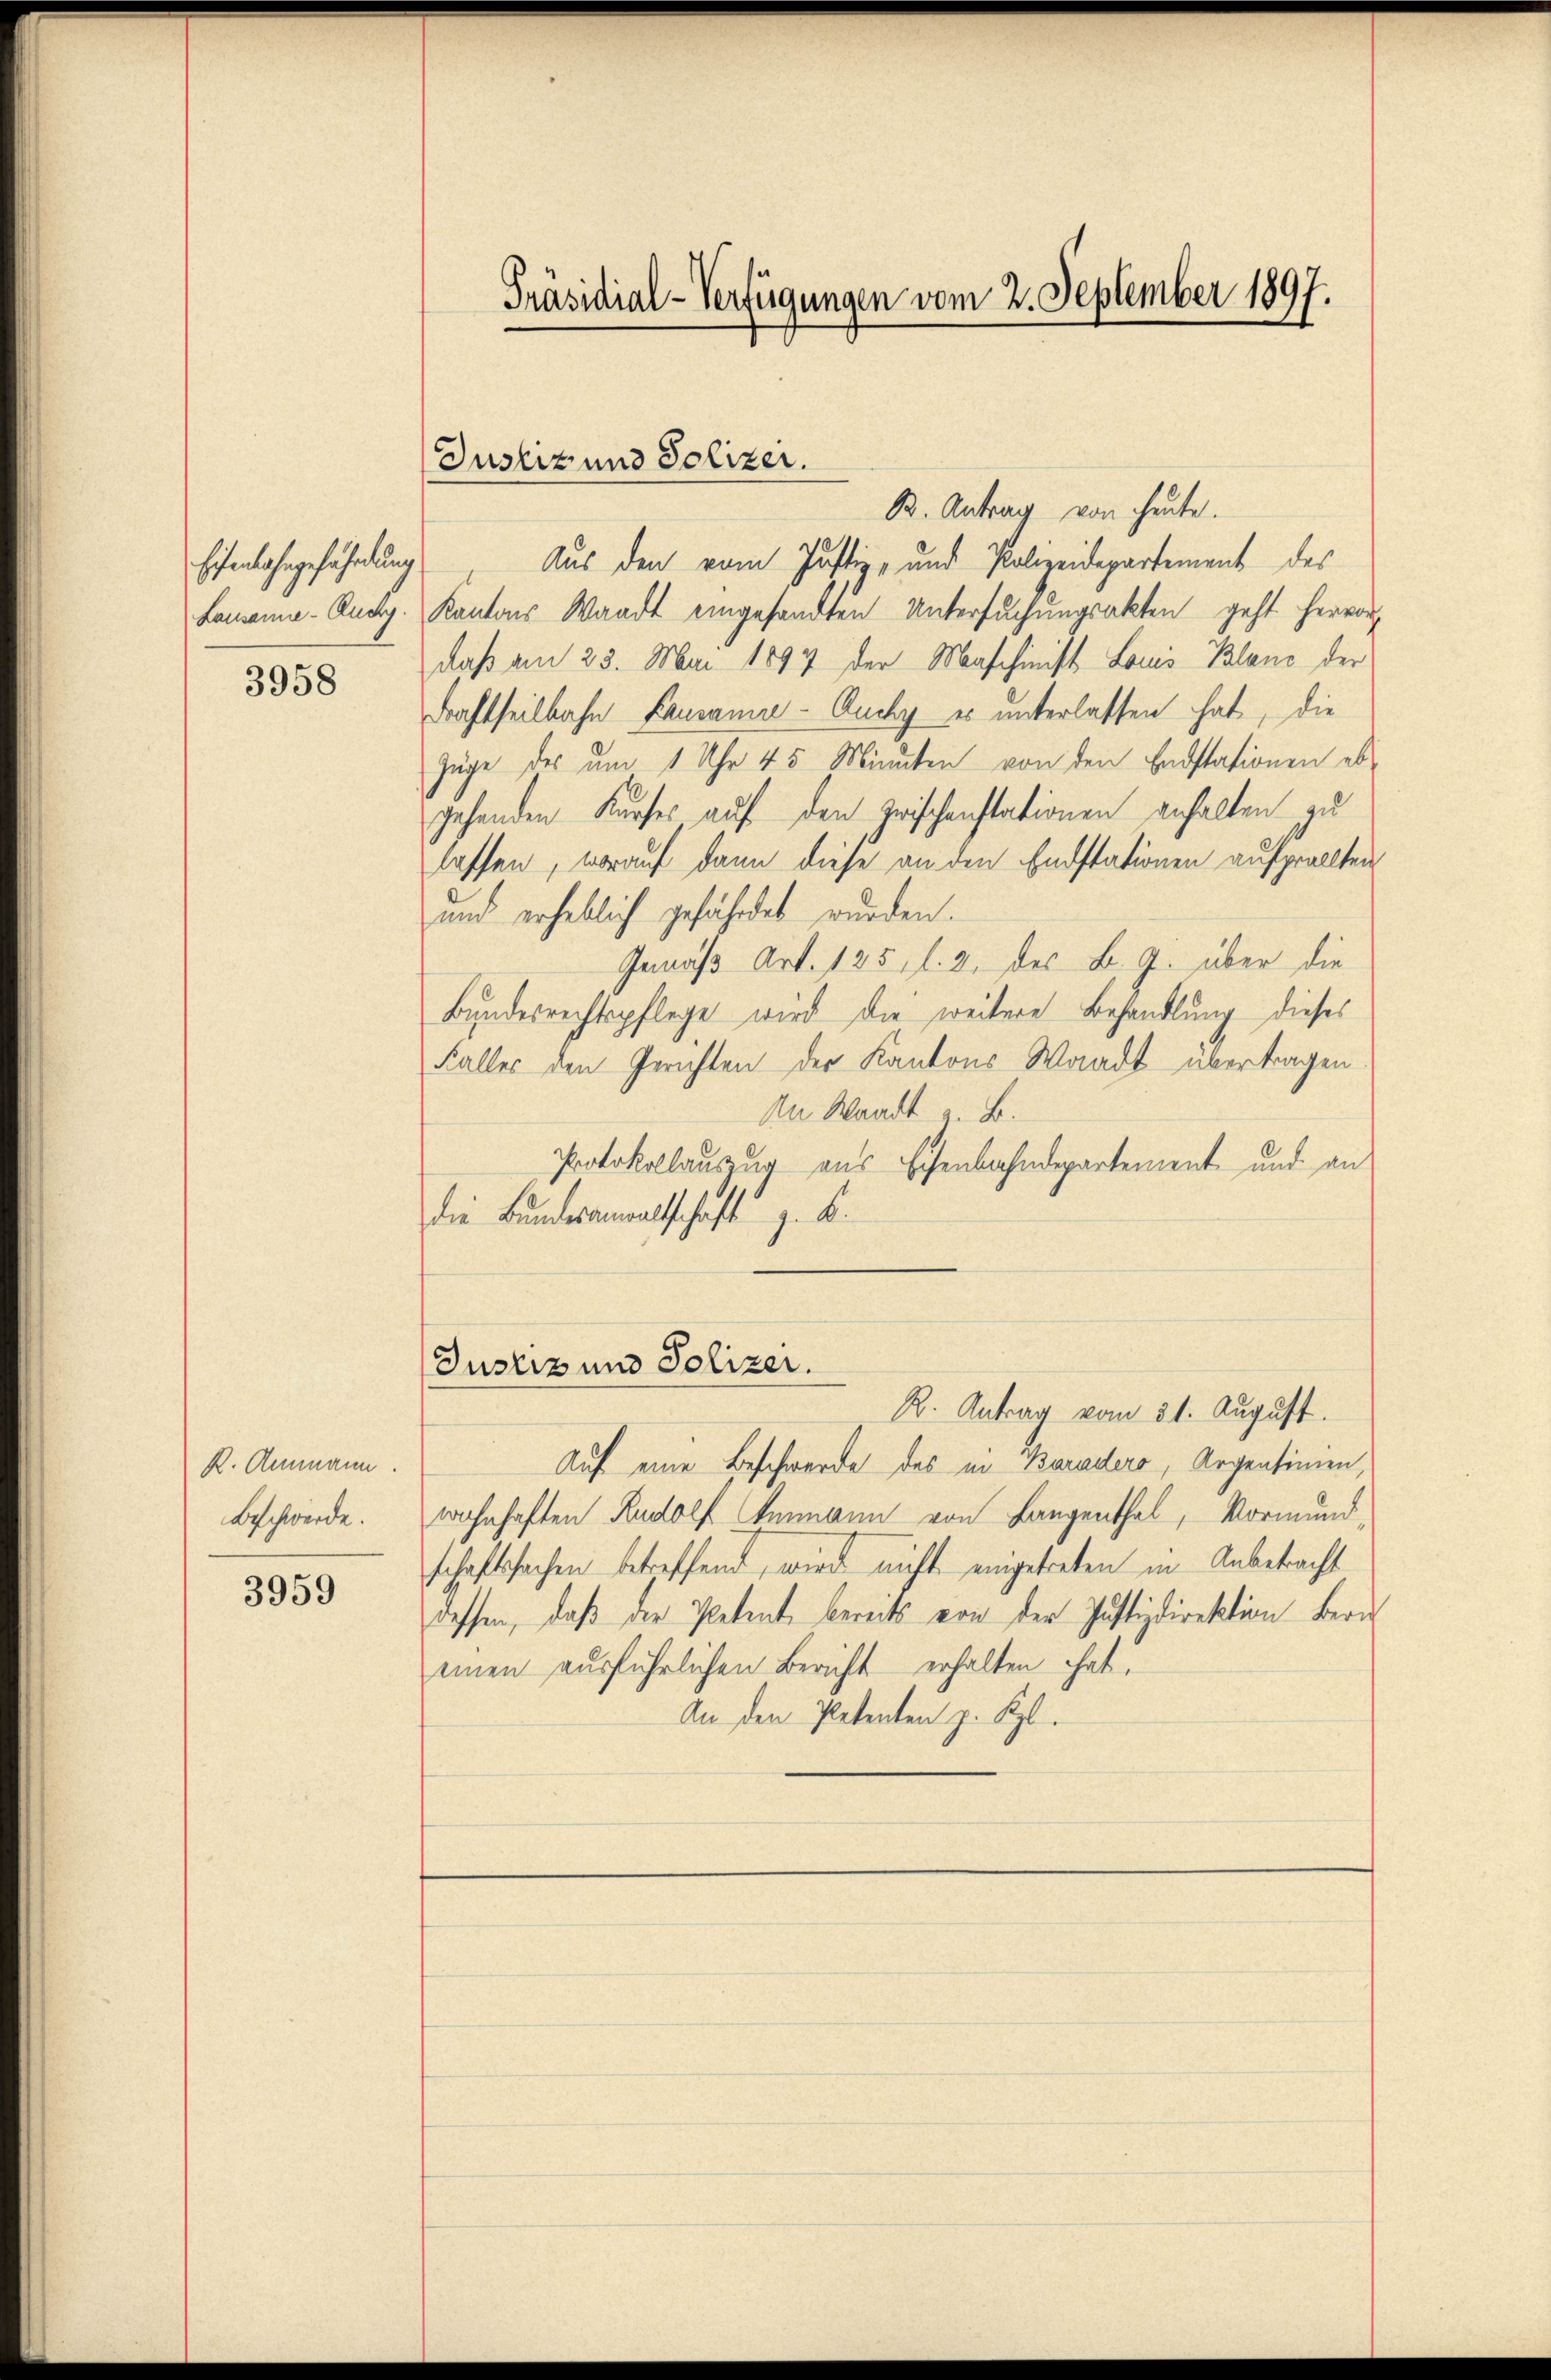
Eisenbahngefährdung
3958

R. Ammann.
Beschwerde.

3959

B. Antrag von heute.
Aus den vom Justiz- und Polizeidepartement des
Lamanne-Rucp. Kantons Waadt eingesandten Untersuchungsakten geht hervor,
daß am 23. Mai 1897 der Maschinist Louis Blanc der
draftheilbahn Lausanne - Auchy es unterlassen hat, die
Züge des um 1 Uhr 45 Minuten von den Endstationen ebgehenden Kurses auf den zwischenstationen anhalten zu
lassen, worauf dann diese an den Endstationen aufprollten
und erheblich gefährdet wurden.
Gemäß Art. 135, l. 2. des B. G. über die
Bundesrechtspflege wird die weitere Behandlung dieses
Faller den Gerichten der Kantons Waadt übertragen
An Waadt z. B.
Protokollauszug aus Eisenbahndepartement und an
die Bundesanwaltschaft z. B.

Präsidial-Verfügungen vom 2. September 1897.

Justiz und Polizer.

Justiz und Polizer.

B. Antrag vom 31. August.
Auf eine Beschwerde des in Baradero, Argentimen,
wohnhaften Rudolf Ammann von Langenthal, Vormund-
schaftssachen betreffend, wird nicht eingetreten in Anbetracht
dessen, daß der Petente bereits von der Justizdirektion bere
einen ausführlichen Bericht erhalten hat,
An den Petenten z. B.